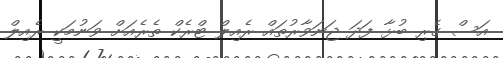
އަސް ގެރި ބުޅާ ފަދަ ޖަނަވާރުތައް ރެއިލް ޓްރެކް ތެރެއަށް ވަނުމަކީ ރެއިލް